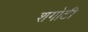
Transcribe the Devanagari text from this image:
शगोटी